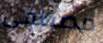
مصطفى